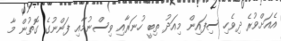
އެއަށްވުރެ ދިވެހި ސިފައިން މިއަދު ތިބީ ހުނަރާއި ވިސްނުމާއި ފަންނުގެ ގޮތުން މާ